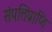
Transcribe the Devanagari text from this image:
संपत्तिप्राप्ति